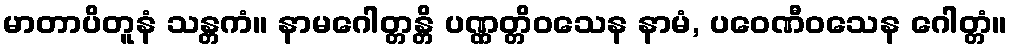
မာတာပိတူနံ သန္တကံ။ နာမဂေါတ္တန္တိ ပဏ္ဏတ္တိဝသေန နာမံ, ပဝေဏီဝသေန ဂေါတ္တံ။